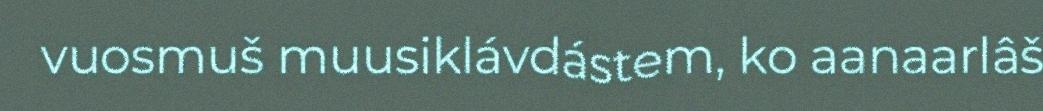
vuosmuš muusiklávdástem, ko aanaarlâš